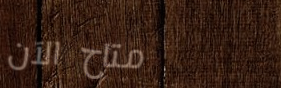
متاح الآن